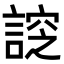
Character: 𧩰